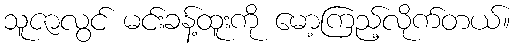
သူဇာလွင် မင်းခန့်ထူးကို မော့ကြည့်လိုက်တယ်။